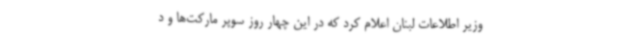
وزیر اطلاعات لبنان اعلام کرد که در این چهار روز سوپر مارکت‌ها و د